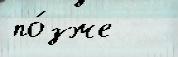
по́зже